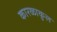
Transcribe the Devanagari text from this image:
कारळाकुल